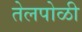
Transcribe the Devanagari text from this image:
तेलपोळी